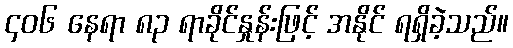
၄၀၆ နေရာ ၈၃ ရာခိုင်နှုန်းဖြင့် အနိုင် ရရှိခဲ့သည်။